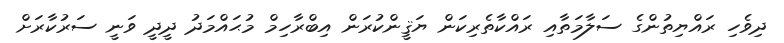
ދިވެހި ރައްޔިތުންގެ ސަލާމަތާއި ރައްކާތެރިކަން ޔަޤީންކުރަން އިބްރާހިމް މުޙައްމަދު ދީދީ ވަނީ ސަރުކާރަށް